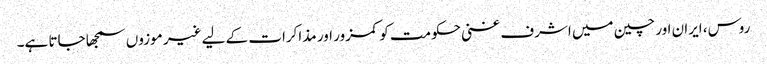
روس، ایران اور چین میں اشرف غنی حکومت کو کمزور اور مذاکرات کے لیے غیر موزوں سمجھا جاتا ہے۔